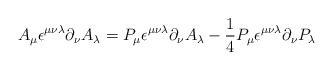
\begin{align*}A_\mu \epsilon^{\mu \nu \lambda} \partial_\nu A_ \lambda = P_\mu \epsilon^{\mu \nu \lambda} \partial_\nu A_\lambda -\frac{1}{4} P_\mu \epsilon^{\mu \nu \lambda} \partial_\nu P_\lambda\end{align*}